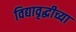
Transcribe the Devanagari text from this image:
विद्यावृद्धीच्या